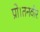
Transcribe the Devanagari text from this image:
प्रो।तनवीर